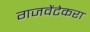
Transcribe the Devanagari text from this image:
गजवेंटेकरा